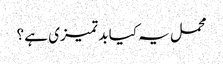
محمل یہ کیا بد تمیزی ہے ؟